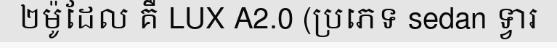
២ម៉ូដែល គឺ LUX A2.0 (ប្រភេទ sedan ទ្វារ